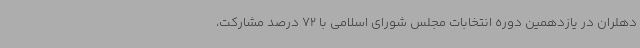
دهلران در یازدهمین دوره انتخابات مجلس شورای اسلامی با 72 درصد مشارکت،